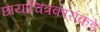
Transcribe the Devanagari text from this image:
छायाचित्रकारांकडे